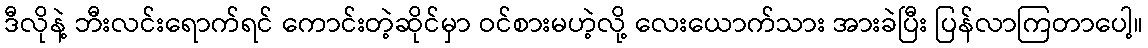
ဒီလိုနဲ့ ဘီးလင်းရောက်ရင် ကောင်းတဲ့ဆိုင်မှာ ဝင်စားမဟဲ့လို့ လေးယောက်သား အားခဲပြီး ပြန်လာကြတာပေါ့။